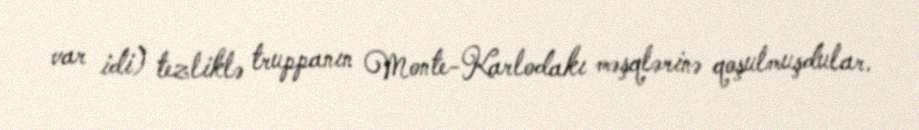
var idi) tezliklə truppanın Monte-Karlodakı məşqlərinə qoşulmuşdular.